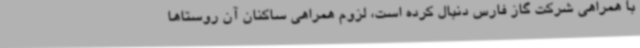
با همراهی شرکت گاز فارس دنبال کرده است، لزوم همراهی ساکنان آن روستاها